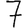
Digit: 7